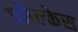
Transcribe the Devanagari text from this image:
फौल्केस